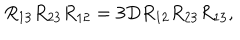
R _ { 1 3 } R _ { 2 3 } R _ { 1 2 } = 3 D R _ { 1 2 } R _ { 2 3 } R _ { 1 3 } ,